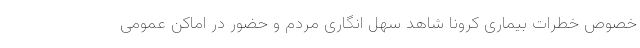
خصوص خطرات بیماری کرونا شاهد سهل انگاری مردم و حضور در اماکن عمومی